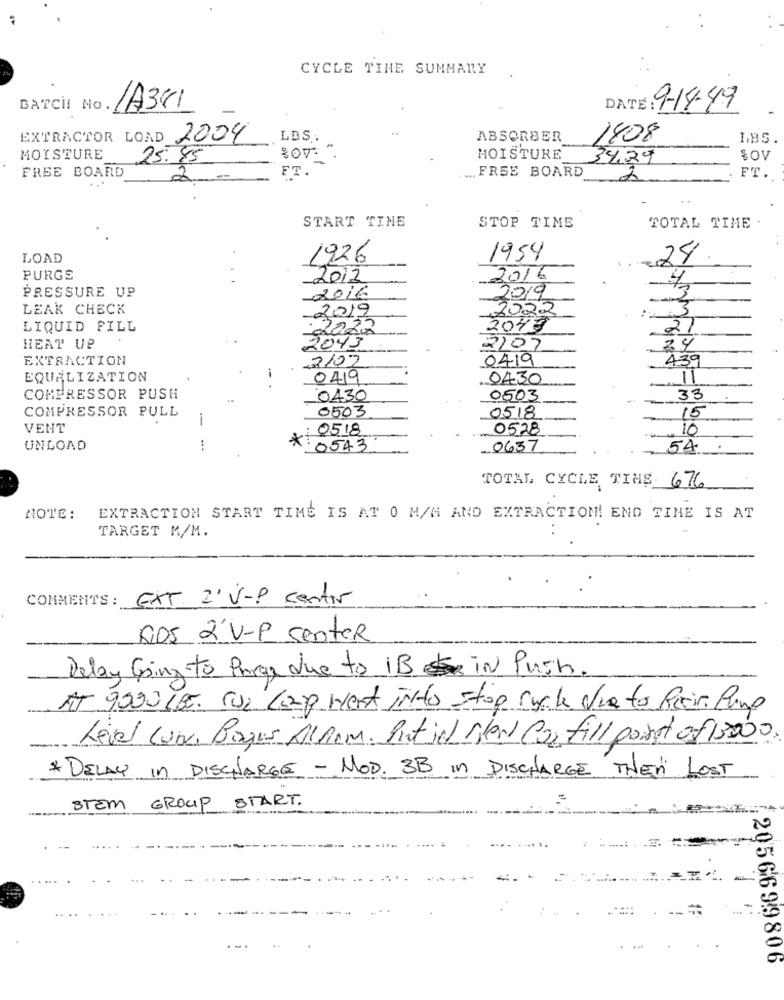
CYCLE TIME SUMMARY
DATE: 9-18-49
BATCH! No.
1A381
EXTRACTOR LOAD 2004
LBS.
ABSORBER
1408
LBS.
MOISTURE
25:45
MOISTURE
34.29
SOV
FT.
FREE BOARD
FREE BOARD
2
2
FT.
START TIME
STOP TIME
TOTAL TIME
LOAD
1926
1954
24
PURGE
2012
2016
PRESSURE UP
-2016
2019
LEAK CHECK
2019
1022
3
LIQUID FILL
2022
2047
21
HEAT UP
2043
3207
34
EXTRACTION
2102
0419
439
EQUALIZATION
-
O
0430
COMPRESSOR PUSH
0430
0503
-
33
COMPRESSOR PULL
0503
-
0518
15
VENT
: 0518
0528
10
UNLOAD
* : 0543
0637
54
TOTAL CYCLE TIME 676
NOTE:
EXTRACTION START TIME IS AT 0 M/M AND EXTRACTION! END TIME IS AT
TARGET M/M.
COMMENTS :
EXT 2' V-P center
DOS 2'V-P Senter
Delay Going to Page due to iBin Push.
AT 9000 185. Sur Loup went inkto stop rychle Via to Riein. Pump
Level Lunk, Bogus Allem. Put in stew Co2 fill point of 15000
*DELAY In DISCHARGE - MOD. 3B In DISCHARGE THENi LOST
STEM GROUP START.
: 2056699806